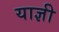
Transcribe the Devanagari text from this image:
याज्ञी